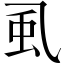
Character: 虱